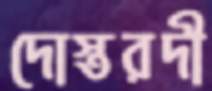
দোস্তরদী